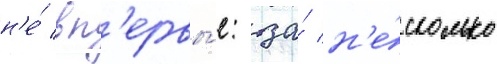
н'е́ вп'ервы́е: за́ н'е́сколько